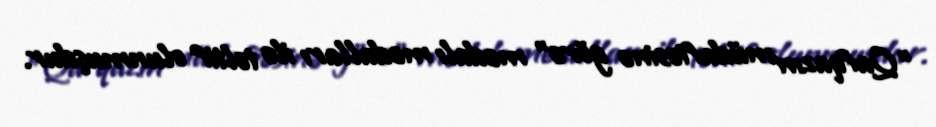
"Qafqazın müdafiəsinə görə" medalı medalları ilə təltif olunmuşdur.